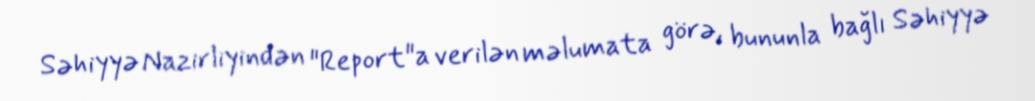
Səhiyyə Nazirliyindən "Report"a verilən məlumata görə, bununla bağlı Səhiyyə